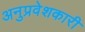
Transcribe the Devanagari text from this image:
अनुप्रवेशकारी